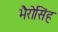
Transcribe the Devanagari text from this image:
भैरोसिंह